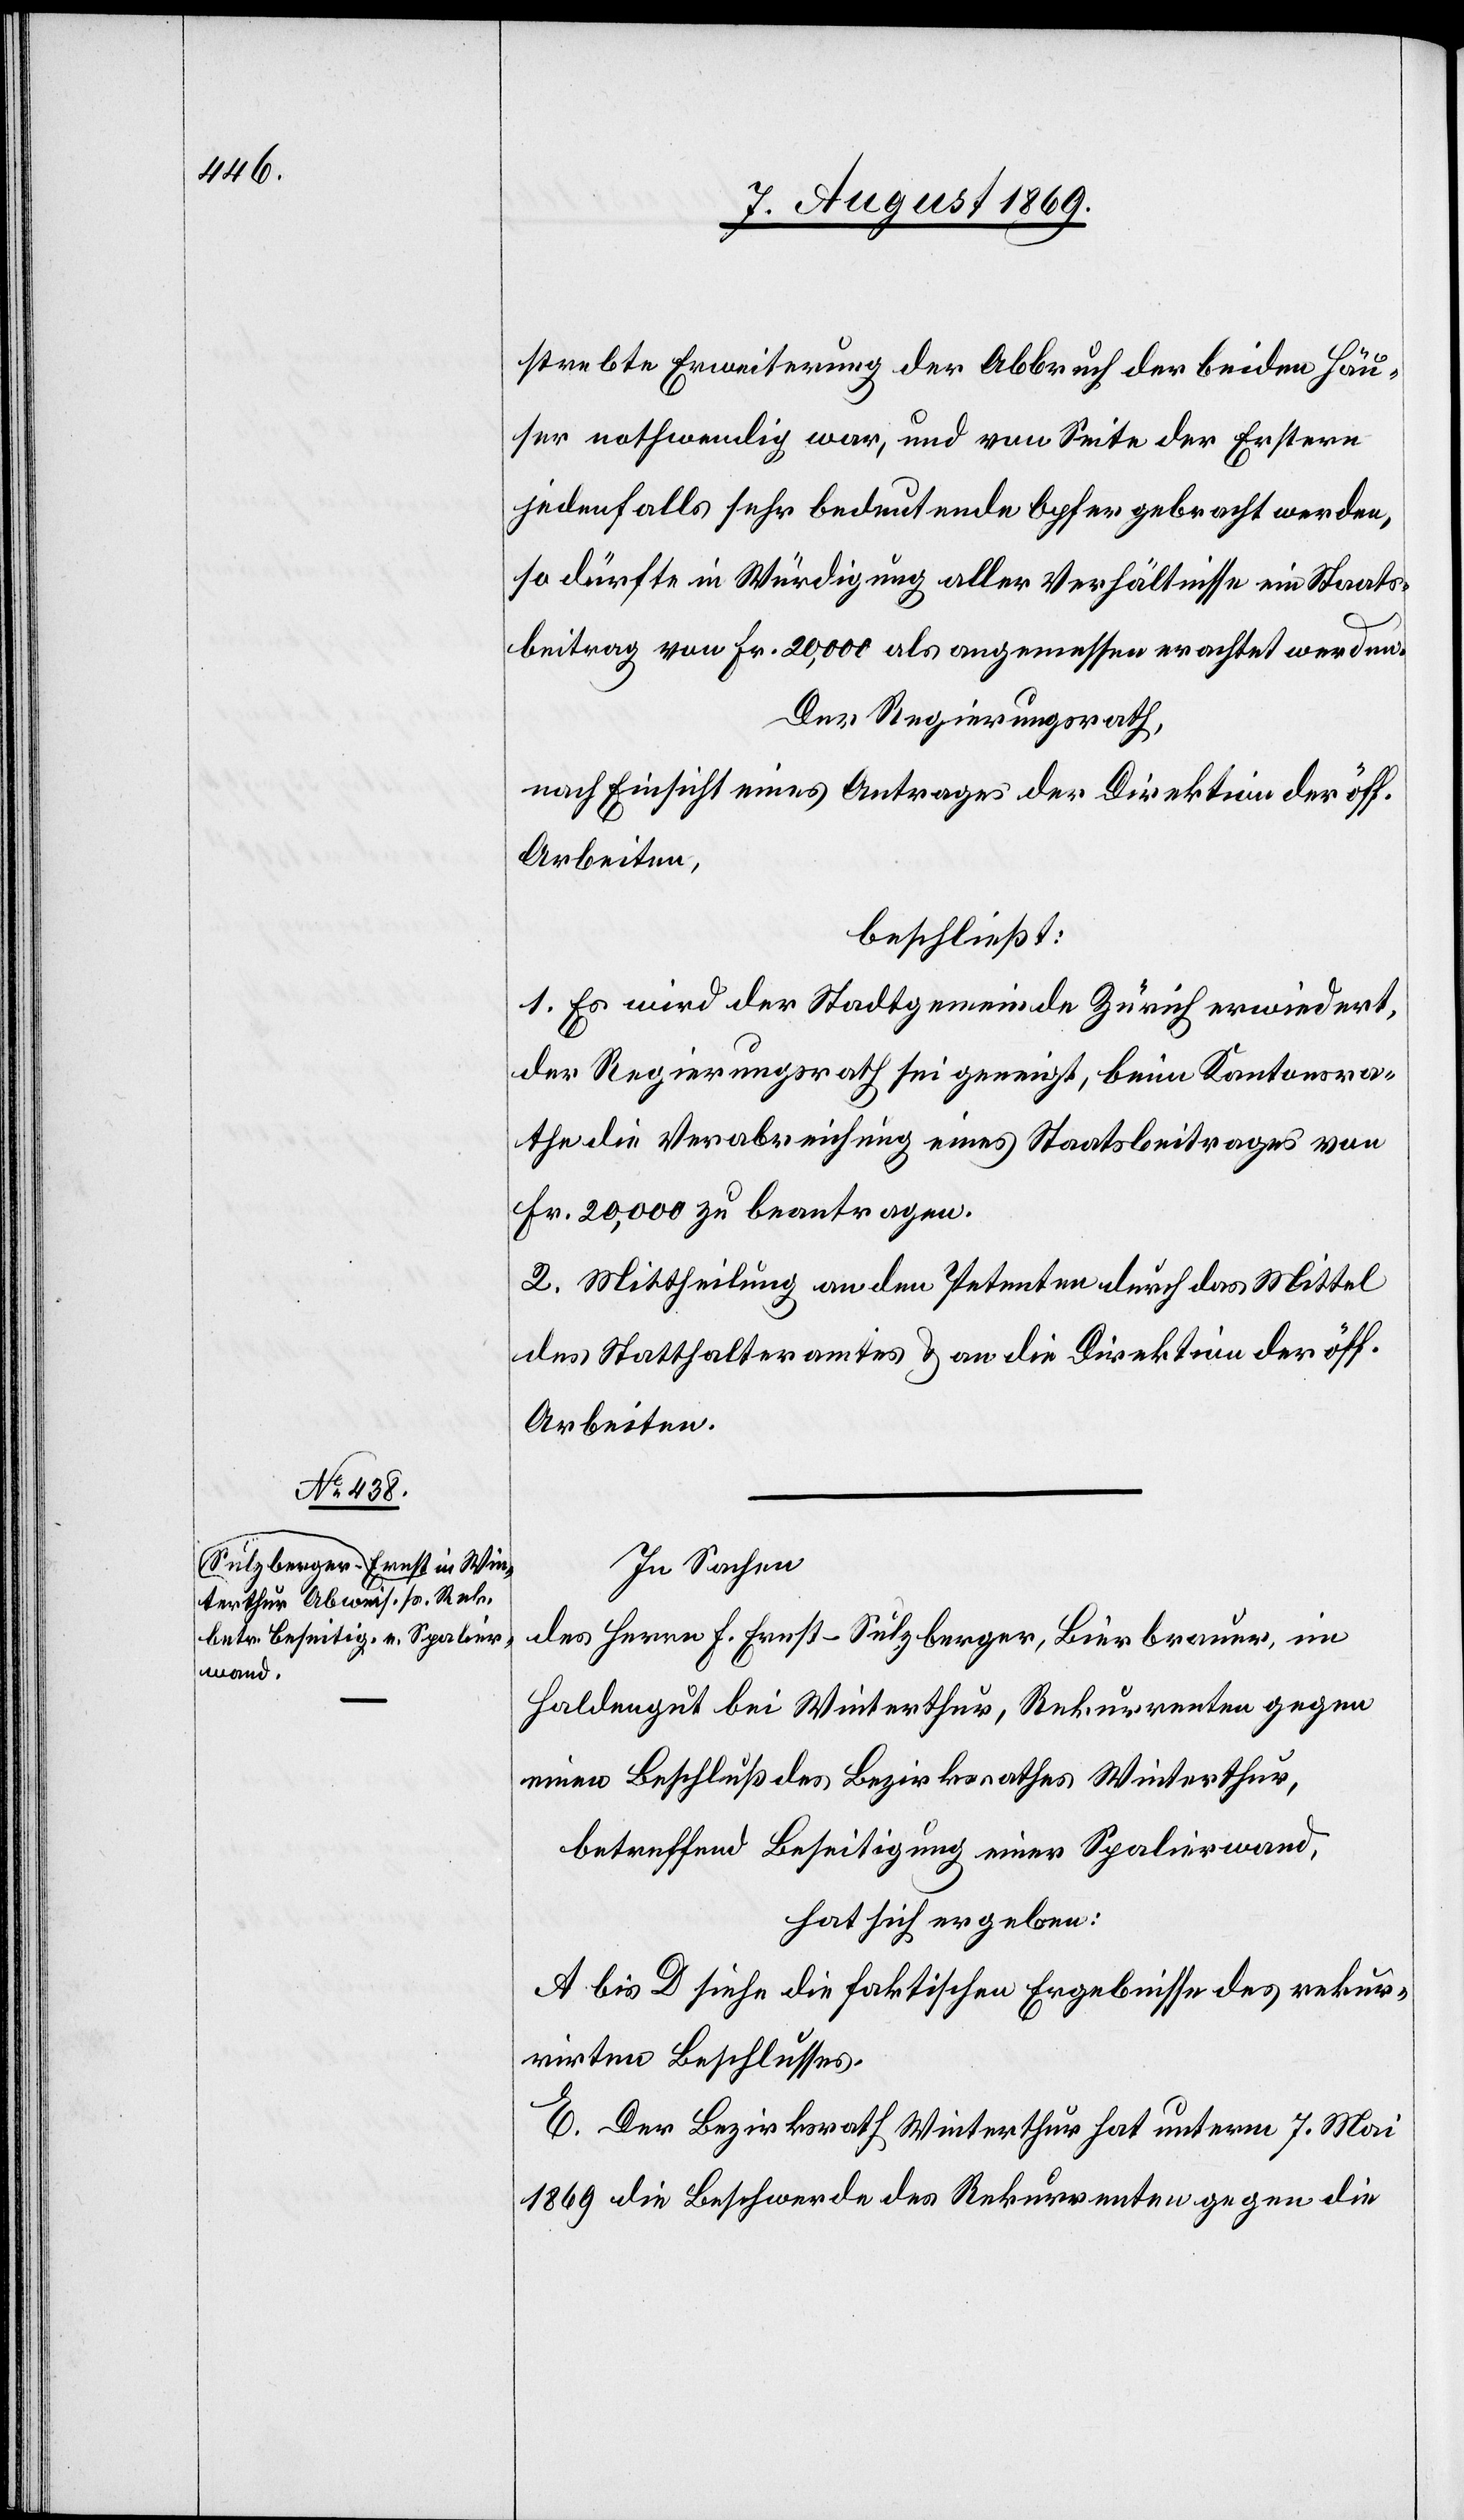
strebte Erweiterung der Abbruch der beiden Häu¬
ser nothwendig war, und von Seite der Erstern
jedenfalls sehr bedeutende Opfer gebracht werden,
so dürfte in Würdigung aller Verhältnisse ein Staats¬
beitrag von Fr. 20,000 als angemessen erachtet werden.
Der Regierungsrath,
nach Einsicht eines Antrages der Direktion der öff.
Arbeiten,
beschließt:
1. Es wird der Stadtgemeinde Zürich erwiedert,
der Regierungsrath sei geneigt, beim Kantonsra¬
the Verabreichung eines Staatsbeitrages von
Fr. 20,000 zu beantragen.
2. Mittheilung an den Petenten durch das Mittel
des Statthalteramtes & an die Direktion der öff.
Arbeiten.
In Sachen
des Herrn F. Ernst-Sulzberger, Bierbrauer, im
Haldengut bei Winterthur, Rekurrenten, gegen
einen Beschluß des Bezirksrathes Winterthur,
betreffend Beseitigung einer Spalirwand,
hat sich ergeben:
A bis D siehe die faktischen Ergebnisse des rekur¬
rirten Beschlusses.
E. Der Bezirksrath Winterthur hat unterm 7 Mai
1869 die Beschwerde des Rekurrenten gegen die